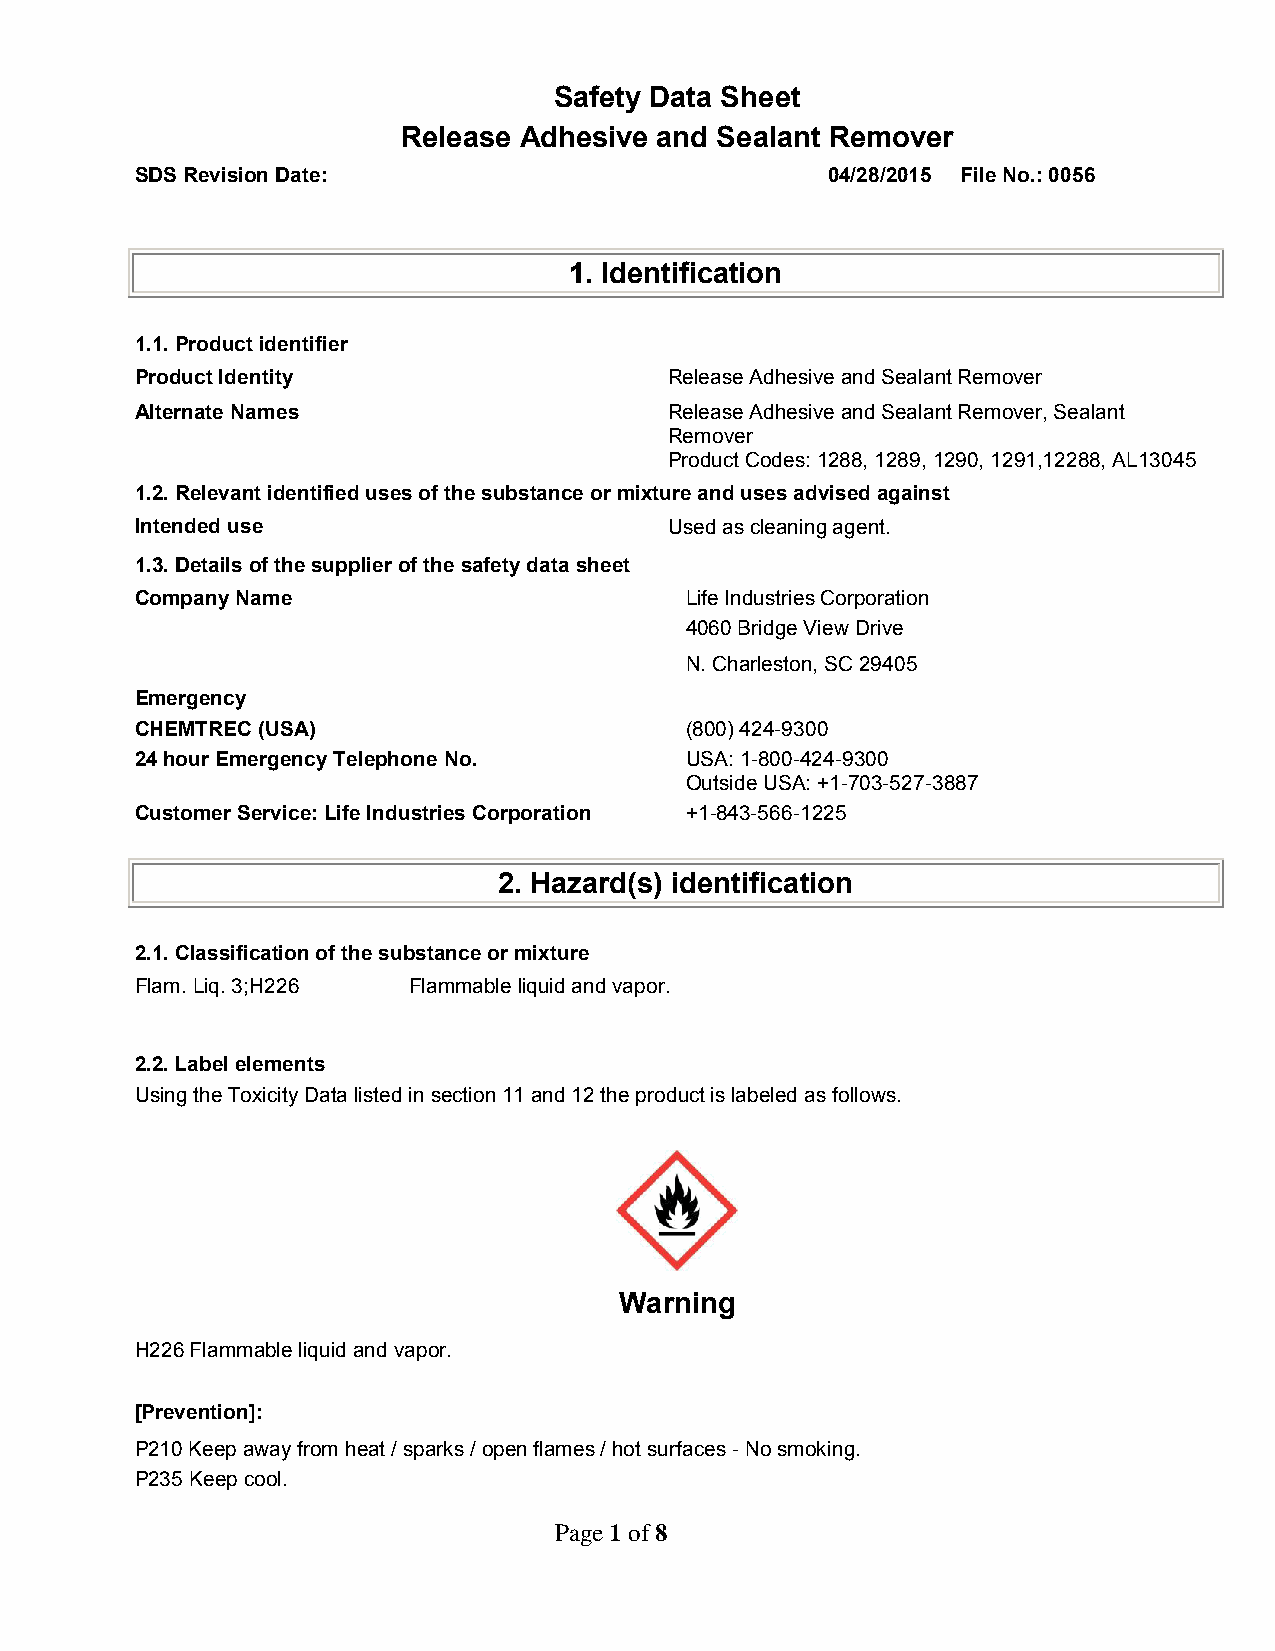
Safety Data Sheet
 Release Adhesive and Sealant Remover
 SDS Revision Date:                            04/28/2015 File No.: 0056
 1. Identification
 1.1. Product identifier
 Product Identity                   Release Adhesive and Sealant Remover
 Alternate Names                    Release Adhesive and Sealant Remover, Sealant
 Remover
 Product Codes: 1288, 1289, 1290, 1291,12288, AL13045
 1.2. Relevant identified uses of the substance or mixture and uses advised against
 Intended use                       Used as cleaning agent.
 1.3. Details of the supplier of the safety data sheet
 Company Name                        Life Industries Corporation
 4060 Bridge View Drive
 N. Charleston, SC 29405
 Emergency
 CHEMTREC (USA)                      (800) 424-9300
 24 hour Emergency Telephone No.     USA: 1-800-424-9300
 Outside USA: +1-703-527-3887
 Customer Service: Life Industries Corporation +1-843-566-1225
 2. Hazard(s) identification
 2.1. Classification of the substance or mixture
 Flam. Liq. 3;H226 Flammable liquid and vapor.
 2.2. Label elements
 Using the Toxicity Data listed in section 11 and 12 the product is labeled as follows.
 Warning
 H226 Flammable liquid and vapor.
 [Prevention]:
 P210 Keep away from heat / sparks / open flames / hot surfaces - No smoking.
 P235 Keep cool.
 Page 1 of 8